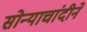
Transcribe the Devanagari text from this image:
सोन्याचांदीने